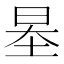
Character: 𡋵